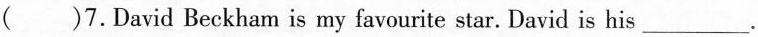
( )7. David Beckham is my favourite star. David is his ___.